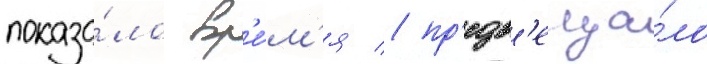
показа́ло вр'е́м'я / пр'едв'еща́ло